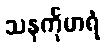
သနင်္ကုမာရံ